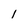
Character: 1